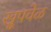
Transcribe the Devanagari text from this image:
खूपवेळ